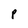
Character: p